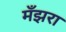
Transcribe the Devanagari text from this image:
मँझरा